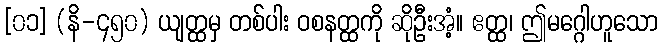
[၀၁] (နိ-၄၅၀) ယျတ္ထမှ တစ်ပါး ဝစနတ္ထကို ဆိုဦးအံ့။ ဧတ္ထ၊ ဤမဂ္ဂေါဟူသော